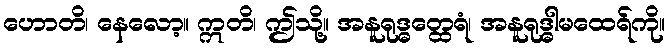
ဟောတိ၊ နေလော့။ ဣတိ၊ ဤသို့။ အနူရုဒ္ဓတ္ထေရံ၊ အနူရုဒ္ဓါမထေရ်ကို။